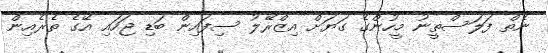
ނެތް ފަލަސްތީނު މީހުންގެ ގަޔަށް އިޒްރޭލު ސިފައިން ބަޑި ޖަހައި އޭގެ ތެރެއިން